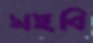
সইবি